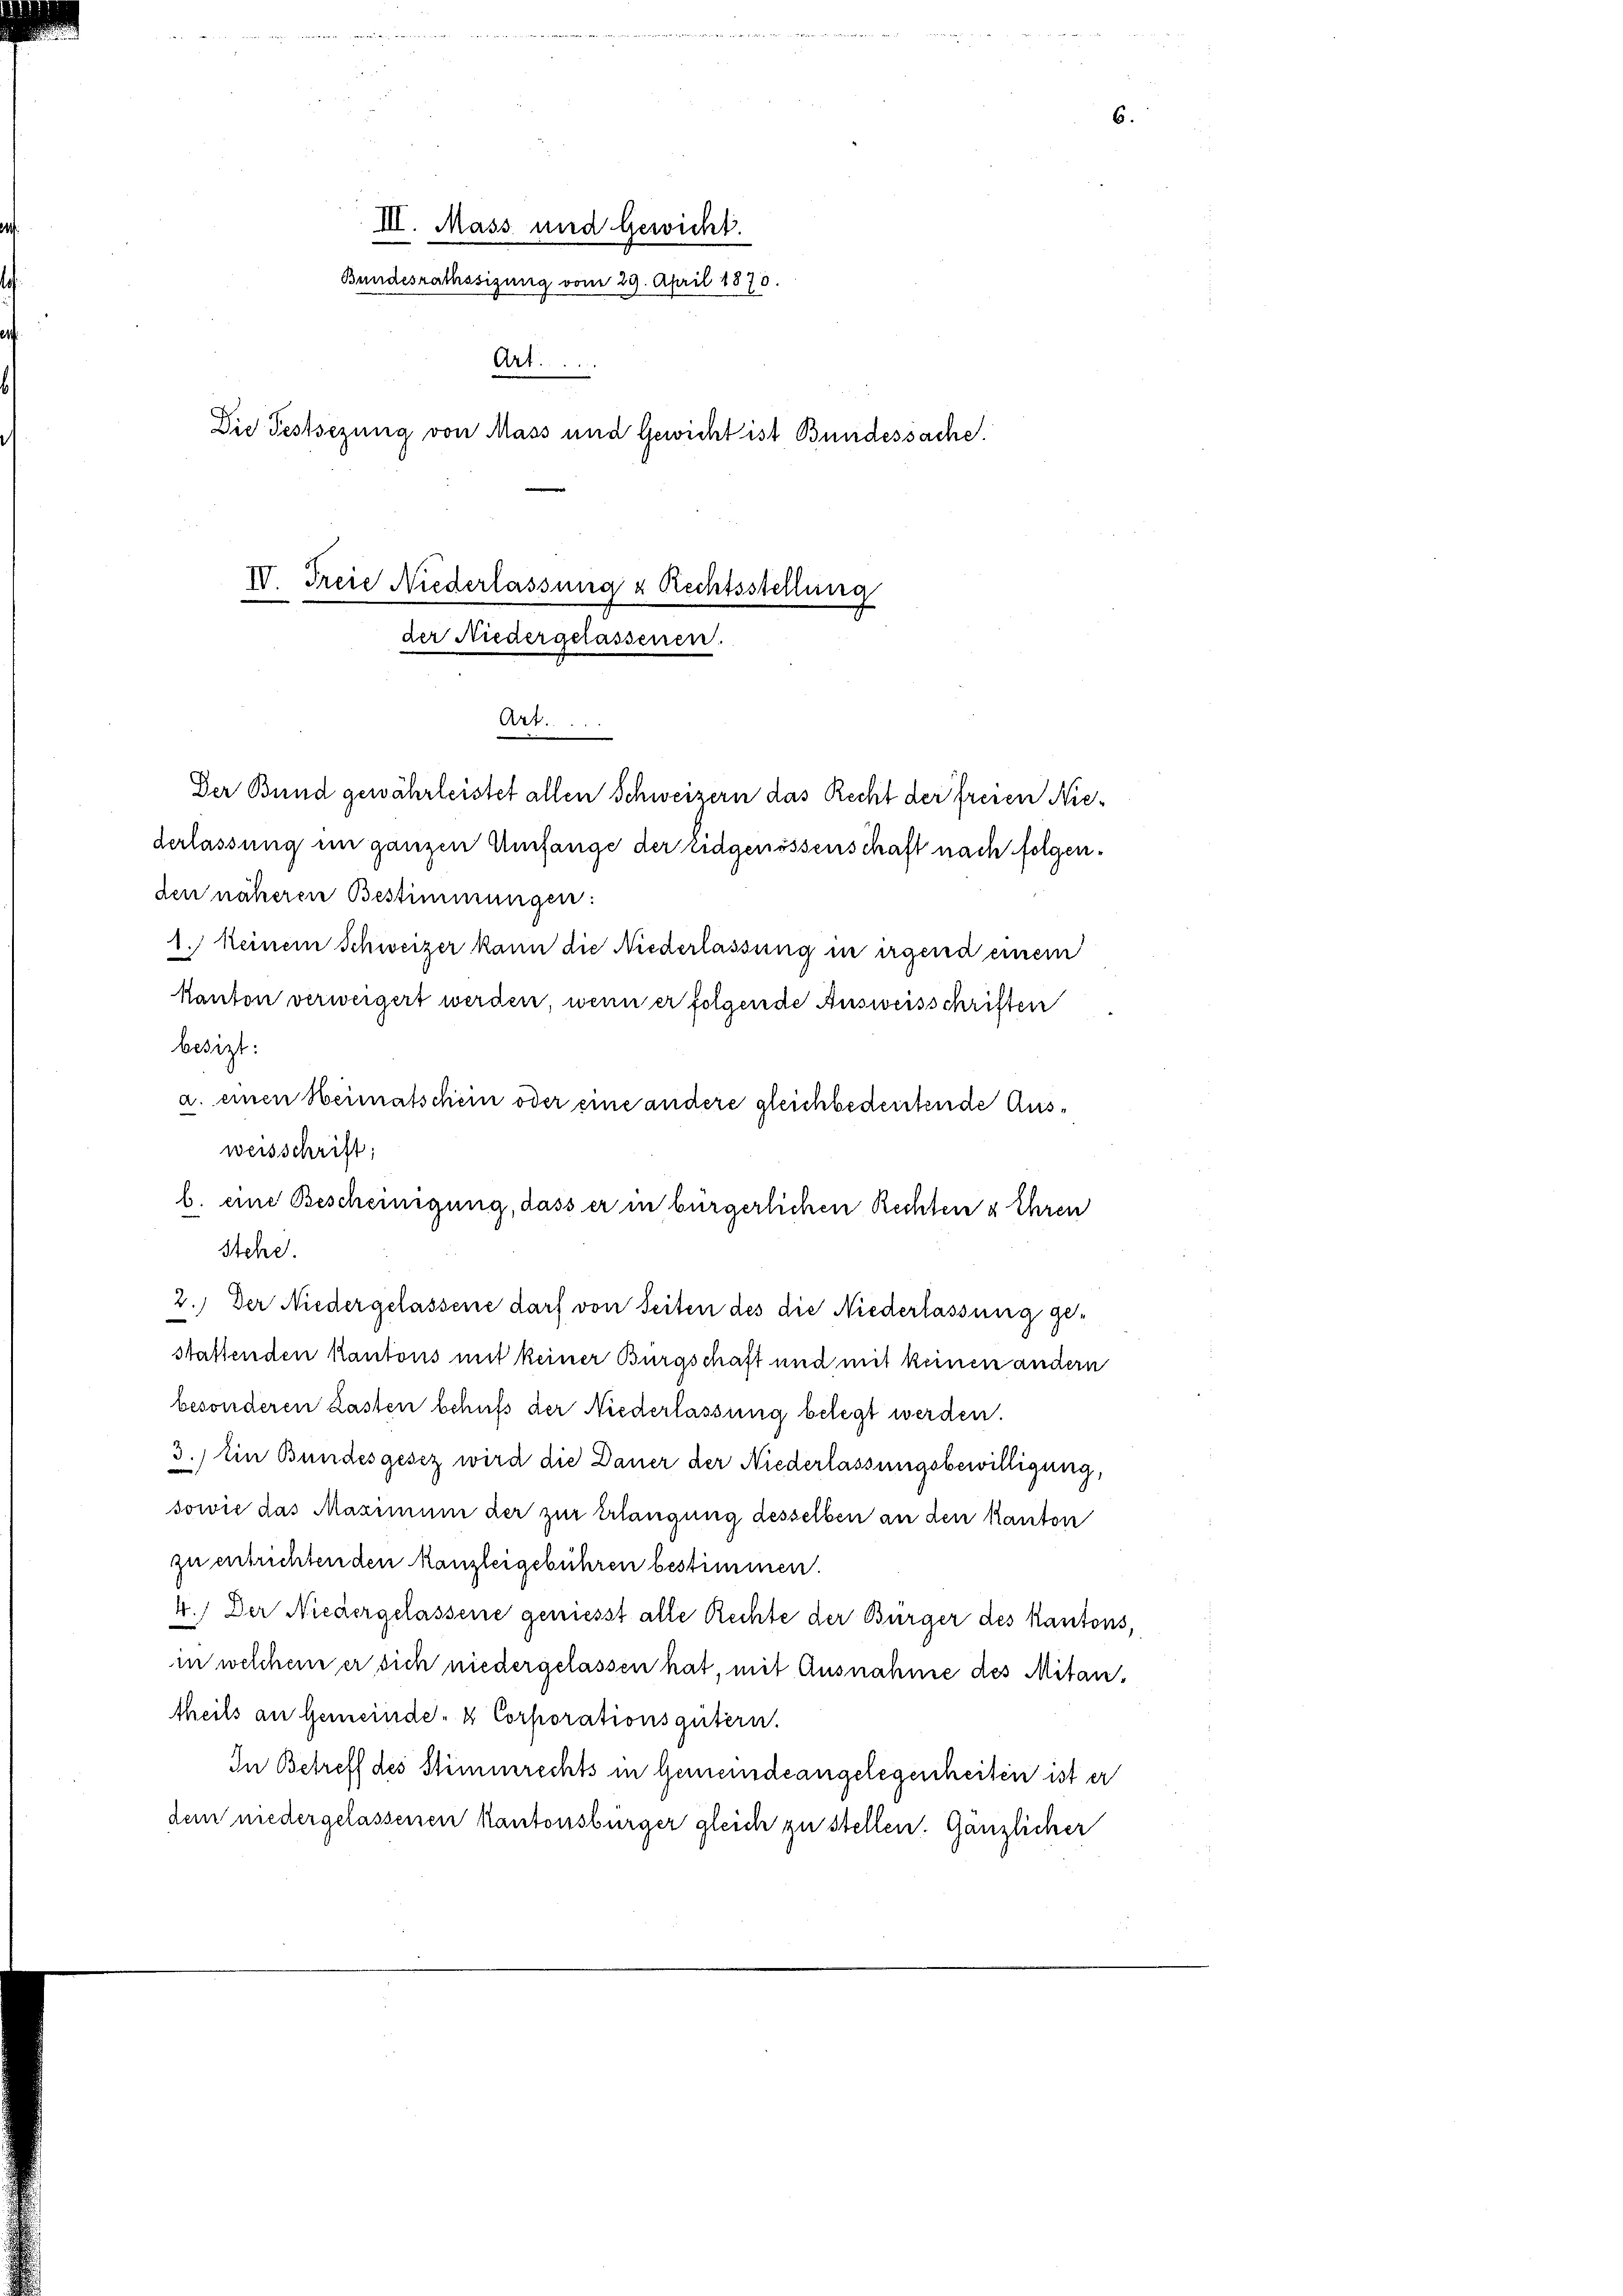
III. Mass und Gewicht.
Art.
Die Festsezung von Mass und Gewicht ist Bundessache.

Bundesrathssizung vom 29. April 1870.

IV. Freie Niederlassung & Rechtsstellung
der Niedergelassenen.
Art.

Der Bund gewährleistet allen Schweizern das Recht der freien Niederlassung im ganzen Umfange der Eidgenössenschaft nach folgenden näheren Bestimmungen:
1. keinem Schweizer kann die Niederlassung in irgend einem
kanton verweigert werden, wenn er folgende Ausweisschriften
besizt:
a. einen Heimatschein oder eine andere gleichbedeutende Ausweisschrift;
b. eine Bescheinigung, dass er in bürgerlichen Rechten u Ehren
Stehe.
2.) Der Niedergelassene darf von Seiten des die Niederlassung ge-
stattenden kantons mit keiner Burgschaft und mit keinen andern
besonderen Lasten behufs der Niederlassung belegt werden.
3.) Ein Bundesgesez wird die Dauer der Niederlassungsbewilligung,
sowie das Maximum der zur Erlangung desselben an den kanton
zu entrichtenden kanzleigebühren bestimmen.
4.) Der Niedergelassene geniesst alle Rechte der Bürger des Kantons,
in welchem er sich niedergelassen hat, mit Ausnahme des Mitantheils an Gemeinde- & Corporationsgütern.
In Betreff des Stimmrechts in Gemeindeangelegenheiten ist er
dem niedergelassenen Kantonsbürger gleich zu stellen. Ganzlicher

6.